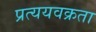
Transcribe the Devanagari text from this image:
प्रत्ययवक्रता